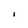
Character: I